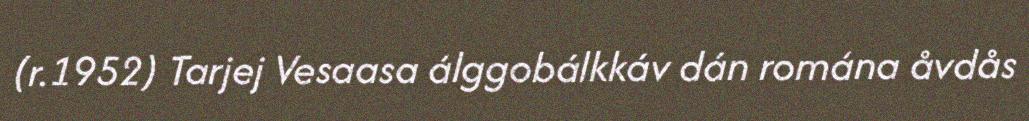
(r.1952) Tarjej Vesaasa álggobálkkáv dán romána åvdås